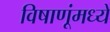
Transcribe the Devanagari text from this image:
विषाणूंमध्ये